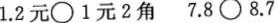
$$1.2元\bigcirc1元2角$$ $$7.8\bigcirc8.7$$